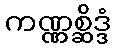
ကဏ္ဏစ္ဆိဒ္ဒံ